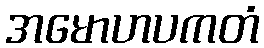
အမောဟပကတံ